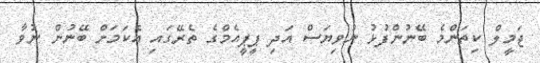
ޖަމީލް ކިތަންމެ ބޭނުންފުޅު ނުވިޔަސް އަދި ޕީޕީއެމްގެ ތެރޭގައި އެކަމަށް ބޭނުން ނުވާ